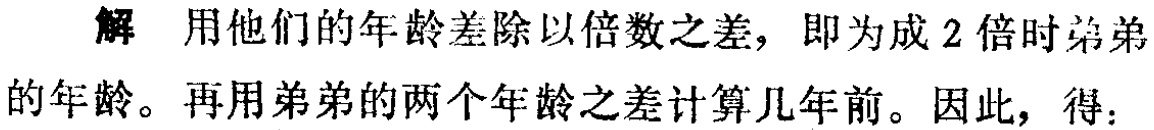
解 用他们的年龄差除以倍数之差，即为成 2 倍时弟弟的年龄。再用弟弟的两个年龄之差计算几年前。因此，得：